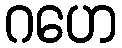
ဂဟေ